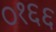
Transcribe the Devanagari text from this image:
०१६६